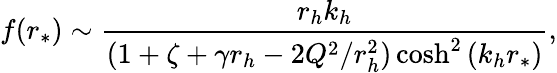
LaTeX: f(r_{*})\sim\frac{r_{h}k_{h}}{(1+\zeta+\gamma r_{h}-2Q^{2}/r_{h}^{2})\cosh^{2}{(k_{h}r_{*})}},